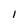
Character: 1